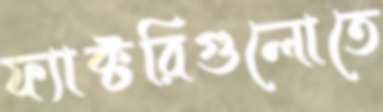
ফ্যাক্টরিগুলোতে